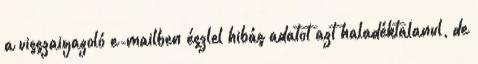
a visszaigazoló e-mailben észlel hibás adatot azt haladéktalanul, de